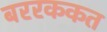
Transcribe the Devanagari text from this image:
बररककत